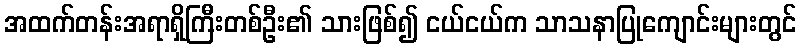
အထက်တန်းအရာရှိကြီးတစ်ဦး၏ သားဖြစ်၍ ငယ်ငယ်က သာသနာပြုကျောင်းများတွင်